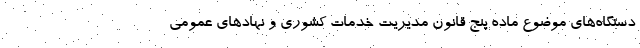
دستگاه‌های موضوع ماده پنج قانون مدیریت خدمات کشوری و نهادهای عمومی